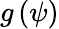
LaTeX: g\left(\psi\right)